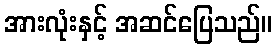
အားလုံးနှင့် အဆင်ပြေသည်။